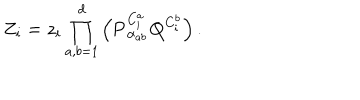
Z _ { i } = z _ { i } \prod _ { a , b = 1 } ^ { d } \left( { \bf P } _ { \alpha _ { a b } } ^ { C _ { i } ^ { a } } { \bf Q } ^ { C _ { i } ^ { b } } \right) .